Vaccine operations Central Provinces 1886-1899 - 1886-1899
Year: 1886
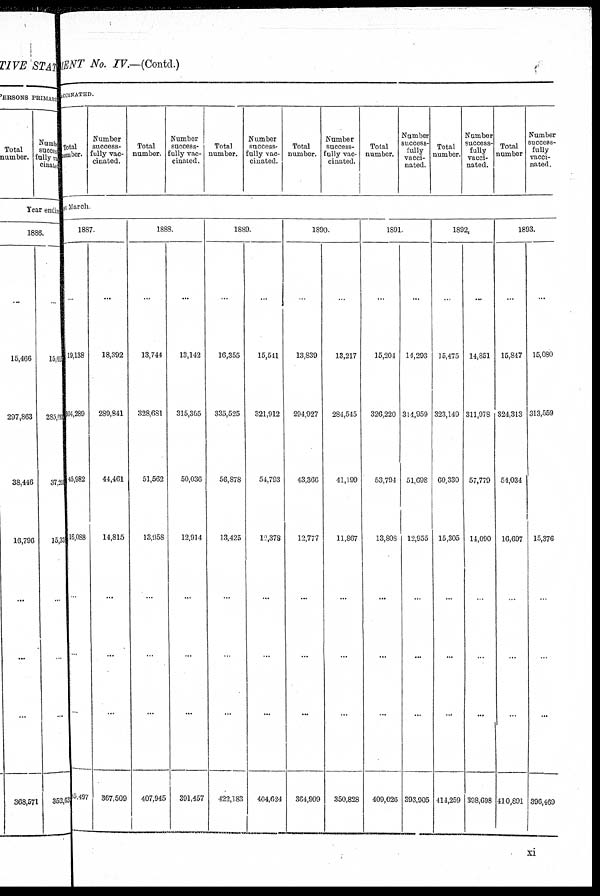
MENT No. IV.—(Contd.)
VACCINATED
Total
number.
Number
success-
fully vac-
cinated.
Total
number.
Number
success-
fully vac-
cinated.
Total
number.
Number
success-
fully vac-
cinated.
Total
number.
Number
success-
fully vac-
cinated.
Total
number.
Number
success-
fully
vacci-
nated.
Total
number.
Number
success-
fully
vacci-
nated.
Total
number
Number
success-
fully
vacci-
nated.
sr March.
1887.
...
19,138
304,289
45,982
16,088
...
...
...
05,497
...
18,392
289,841
44,461
14,815
...
...
...
367,509
1888.
...
13,744
328,681
51,562
13,958
...
...
...
407,945
...
13,142
315,365
50,036
12,914
...
...
...
391,457
1889.
...
16,355
335,525
56,878
13,425
...
...
...
422,183
...
15,541
321,912
54,793
l9,378
...
...
...
404,624
1890
...
13,839
294,927
43,366
12,777
...
...
...
364,909
...
13,217
284,545
41,199
11,867
...
...
...
350,828
1891.
...
15,204
326,220
53,794
13,808
...
...
...
409,026
...
14,293
314,959
51,698
12,955
...
...
...
393,905
1892.
...
15,475
323,149
60,330
15,305
...
...
...
414,259
...
14,851
311,978
57,779
14,090
...
...
...
398,698
1893.
...
15,847
324,313
54,034
16,697
...
...
...
410,891
...
15,080
313,559
15,376
...
...
...
396,469
xi